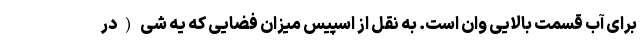
برای آب قسمت بالایی وان است. به نقل از اسپیس میزان فضایی که یه شی(در